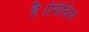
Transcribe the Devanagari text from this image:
है।सिविल